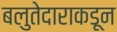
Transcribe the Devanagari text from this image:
बलुतेदाराकडून